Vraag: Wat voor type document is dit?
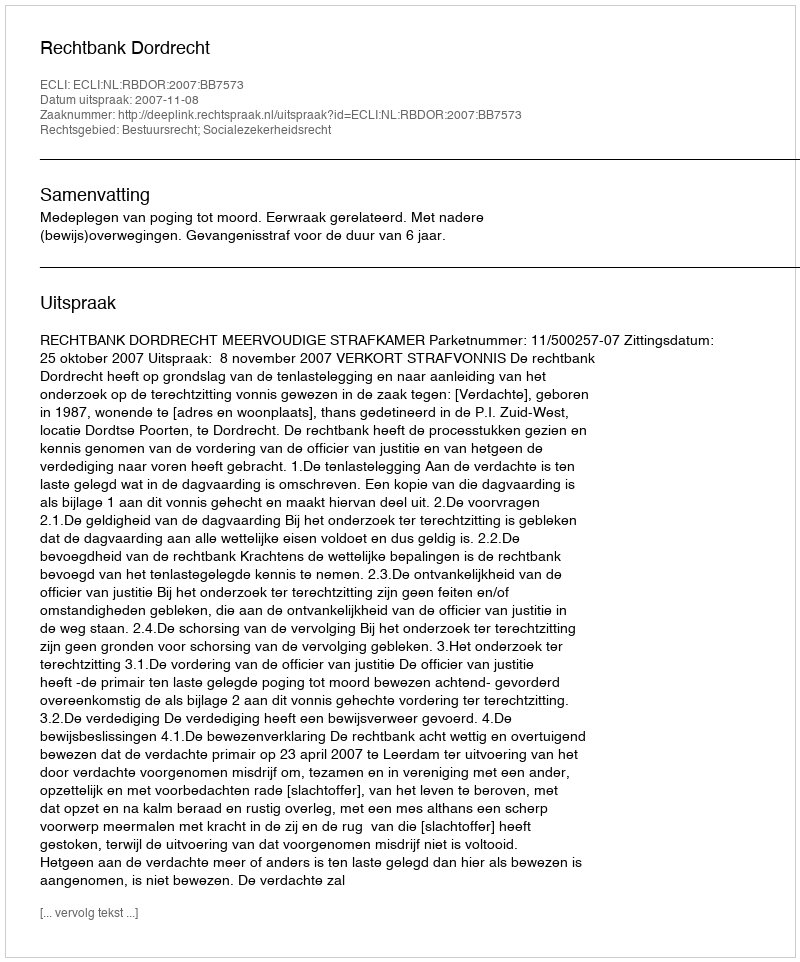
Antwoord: Uitspraak